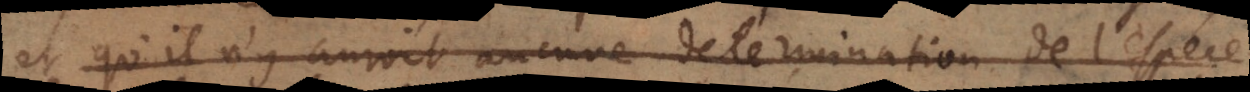
et qu’il n’y auroit aucune determination de l’espece